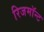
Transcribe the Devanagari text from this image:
रिजमॉन्ट